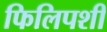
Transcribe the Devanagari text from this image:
फिलिपशी